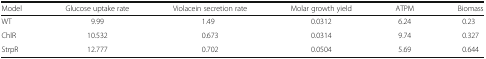
| Model | Glucose uptake rate | Violacein secretion rate | Molar growth yield | ATPM | Biomass |
 | --- | --- | --- | --- | --- | --- |
 | WT | 9.99 | 1.49 | 0.0312 | 6.24 | 0.23 |
 | ChlR | 10.532 | 0.673 | 0.0314 | 9.74 | 0.327 |
 | StrpR | 12.777 | 0.702 | 0.0504 | 5.69 | 0.644 |